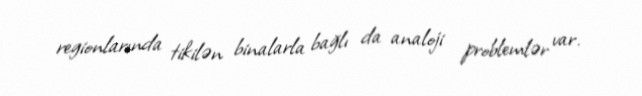
regionlarında tikilən binalarla bağlı da analoji problemlər var.